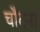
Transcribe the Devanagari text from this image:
चौदना